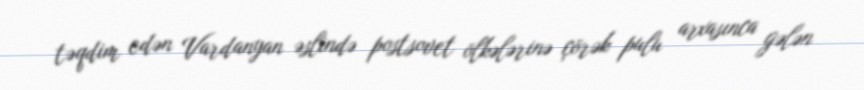
təqdim edən Vardanyan əslində postsovet ölkələrinə çörək pulu arxasınca gələn